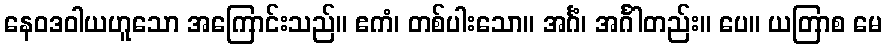
နေဝဒဝါယဟူသော အကြောင်းသည်။ ဧကံ၊ တစ်ပါးသော။ အင်္ဂံ၊ အင်္ဂါတည်း။ ပေ။ ယတြာစ မေ